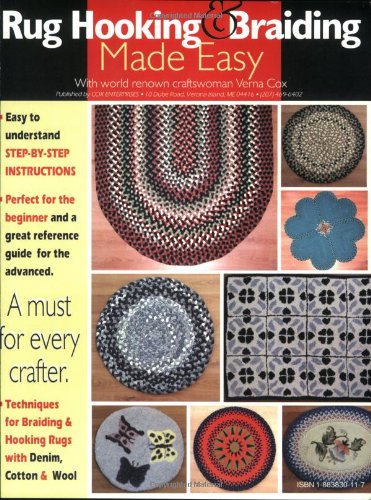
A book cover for Rug Hooking & Braiding Made Easy; Verna Cox; Crafts, Hobbies & Home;